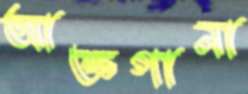
আক্তগানা